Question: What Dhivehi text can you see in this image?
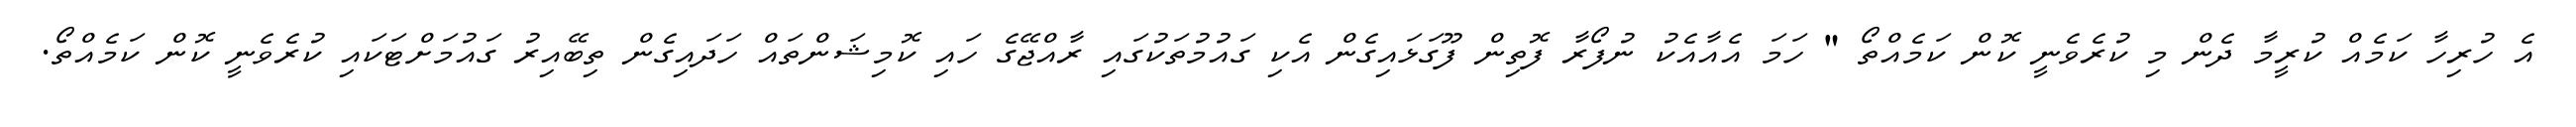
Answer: އެ ހުރިހާ ކަމެއް ކުރީމާ ދެން މި ކުރެވެނީ ކޮން ކަމެއްތޯ " ހަމަ އެއާއެކު ނުފޯރާ ފޮތިން ފޫގަޅައިގެން އެކި ގައުމުތަކުގައި ރާއްޖޭގެ ހައި ކޮމިޝަންތައް ހަދައިގެން ތިބޭއިރު ގައުމަށްޓަކައި ކުރެވެނީ ކޮން ކަމެއްތޯ.